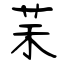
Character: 䒩